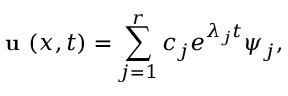
\textbf { u } ( x , t ) = \sum _ { j = 1 } ^ { r } c _ { j } e ^ { \lambda _ { j } t } \psi _ { j } ,